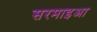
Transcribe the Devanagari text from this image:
सरमाइआ